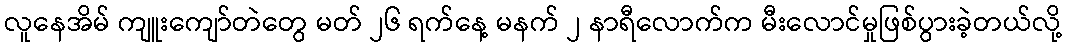
လူနေအိမ် ကျူးကျော်တဲတွေ မတ် ၂၆ ရက်နေ့ မနက် ၂ နာရီလောက်က မီးလောင်မှုဖြစ်ပွားခဲ့တယ်လို့